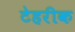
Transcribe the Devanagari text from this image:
टेहरीक